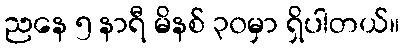
ညနေ ၅ နာရီ မိနစ် ၃၀မှာ ရှိပါတယ်။